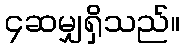
၄ဆမျှရှိသည်။